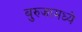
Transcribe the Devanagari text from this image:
बुरुजामध्ये